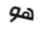
هو